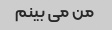
من می بینم